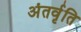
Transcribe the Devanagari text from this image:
अंतर्वृति